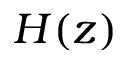
H ( z )